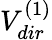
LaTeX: V_{dir}^{(1)}